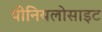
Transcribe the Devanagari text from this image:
पीनियलोसाइट